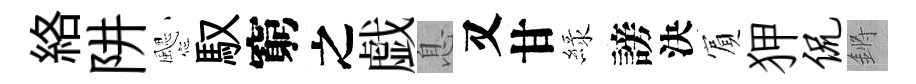
絡阱颸馭窮之戯息又甘緑謗決賔狎侃鏘